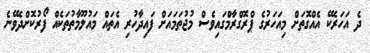
ދެ އަހަރެކޭ އެއްގޮތަށް މިއަހަރުގެ ޕްރޮގްރާމްގައިވެސް މުޖުތަމައަށް ފައިދާހުރި އެތައް މައުލޫމާތުތަކެއް ފޯރުކޮށްދެވޭނެ